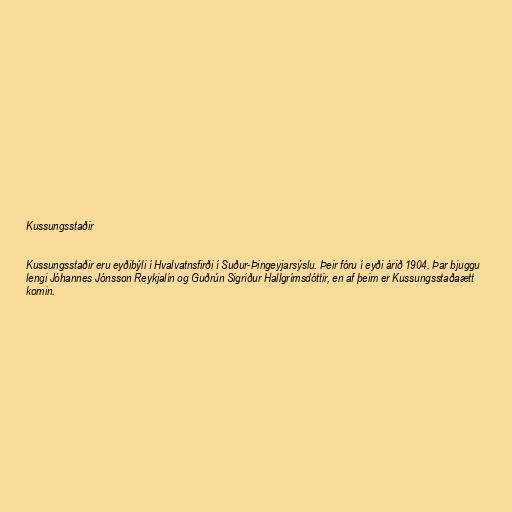
Kussungsstaðir

Kussungsstaðir eru eyðibýli í Hvalvatnsfirði í Suður-Þingeyjarsýslu. Þeir fóru í eyði árið 1904. Þar bjuggu
lengi Jóhannes Jónsson Reykjalín og Guðrún Sigríður Hallgrímsdóttir, en af þeim er Kussungsstaðaætt
komin.